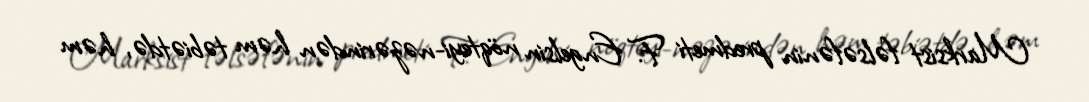
Marksist fəlsəfənin predmeti F. Engelsin nöqteyi-nəzərindən həm təbiətdə, həm